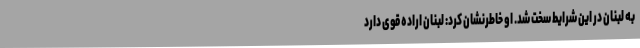
به لبنان در این شرایط سخت شد. او خاطرنشان کرد: لبنان اراده قوی دارد